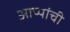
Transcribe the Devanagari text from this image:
आप्पांची